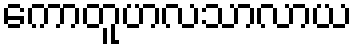
ကောတူဟလသာလာယ